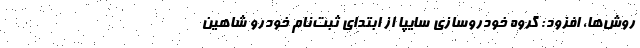
روش‌ها، افزود: گروه خودروسازي سايپا از ابتداي ثبت‌نام خودرو شاهين